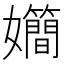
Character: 𪦴